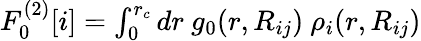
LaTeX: \begin{array}{r}{F_{0}^{(2)}[i]=\int_{0}^{r_{c}}dr~g_{0}(r,R_{ij})~\rho_{i}(r,R_{ij})}\end{array}